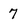
Character: 7